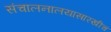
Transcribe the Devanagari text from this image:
संचालनालयासारखीच